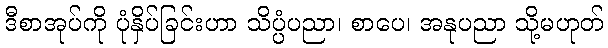
ဒီစာအုပ်ကို ပုံနှိပ်ခြင်းဟာ သိပ္ပံပညာ၊ စာပေ၊ အနုပညာ သို့မဟုတ်